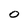
Character: o